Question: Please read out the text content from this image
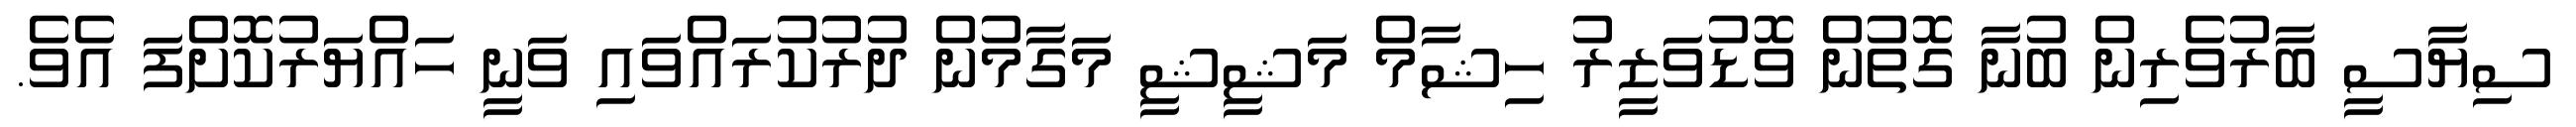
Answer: ސިޔާސީ ބާރުވެރިން ބުނާ ގޮތުން ވޮޑުވަޒީރު ހިޝާމް މަޝީޝީ މަގާމުން ދުރުކުރައްވައި ވަނީ ހައްޔަރުކޮށްފަ އެވެ.